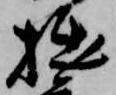
拙